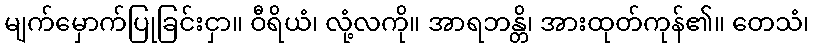
မျက်မှောက်ပြုခြင်းငှာ။ ဝီရိယံ၊ လုံ့လကို။ အာရဘန္တိ၊ အားထုတ်ကုန်၏။ တေသံ၊